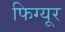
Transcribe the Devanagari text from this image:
फिग्यूर